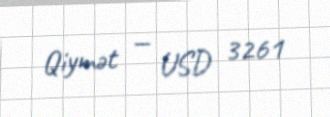
Qiymət — USD 3261